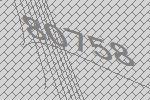
80758